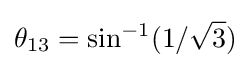
\theta _{13}=\sin ^{-1}(1/{\sqrt {3}})